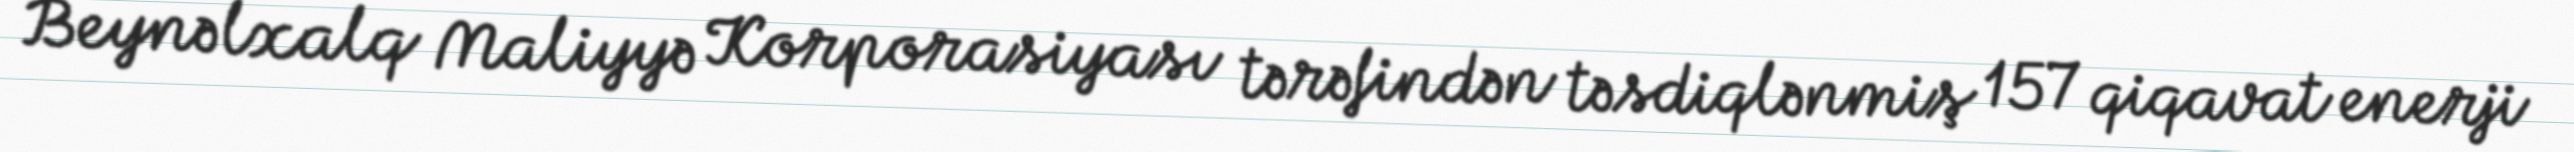
Beynəlxalq Maliyyə Korporasiyası tərəfindən təsdiqlənmiş 157 qiqavat enerji